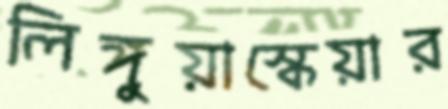
লিঙ্গুয়াস্কেয়ার